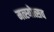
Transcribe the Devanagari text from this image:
मत्स्योत्सव